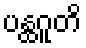
ပန္ထဂူတိ